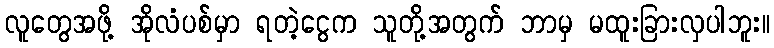
လူတွေအဖို့ အိုလံပစ်မှာ ရတဲ့ငွေက သူတို့အတွက် ဘာမှ မထူးခြားလှပါဘူး။